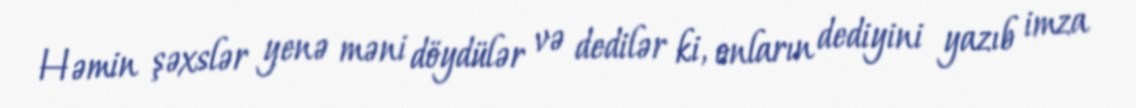
Həmin şəxslər yenə məni döydülər və dedilər ki, onların dediyini yazıb imza